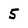
Character: 5